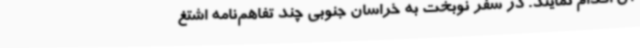
آن اقدام نمایند. در سفر نوبخت به خراسان جنوبی چند تفاهم‌نامه اشتغ